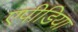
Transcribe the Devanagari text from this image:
एपीडिया